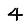
Digit: 4